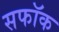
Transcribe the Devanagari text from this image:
सफॉक